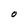
Character: O